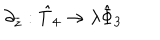
\partial _ { \overline { { { z } } } } : \hat { T } _ { 4 } \rightarrow \lambda \hat { \Phi } _ { 3 }